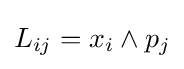
L_{ij}=x_{i}\wedge p_{j}